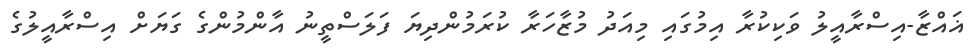
ޣައްޒާ-އިސްރާއީލު ވަކިކުރާ އިމުގައި މިއަދު މުޒާހަރާ ކުރަމުންދިޔަ ފަލަސްތީނު އާންމުންގެ ގަޔަށް އިސްރާއީލުގެ